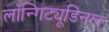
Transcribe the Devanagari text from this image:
लॉन्गिट्यूडिनल